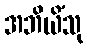
အဘိယိံသု